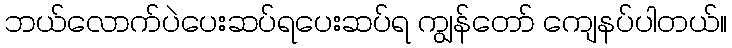
ဘယ်လောက်ပဲပေးဆပ်ရပေးဆပ်ရ ကျွန်တော် ကျေနပ်ပါတယ်။